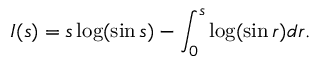
I ( s ) = s \log ( \sin s ) - \int _ { 0 } ^ { s } \log ( \sin r ) d r .